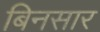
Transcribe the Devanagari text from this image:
बिनसार